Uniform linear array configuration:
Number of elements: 12
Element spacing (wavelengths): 0.25
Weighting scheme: hann
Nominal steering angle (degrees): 15
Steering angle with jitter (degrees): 15.46
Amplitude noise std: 0.05
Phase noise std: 0.05

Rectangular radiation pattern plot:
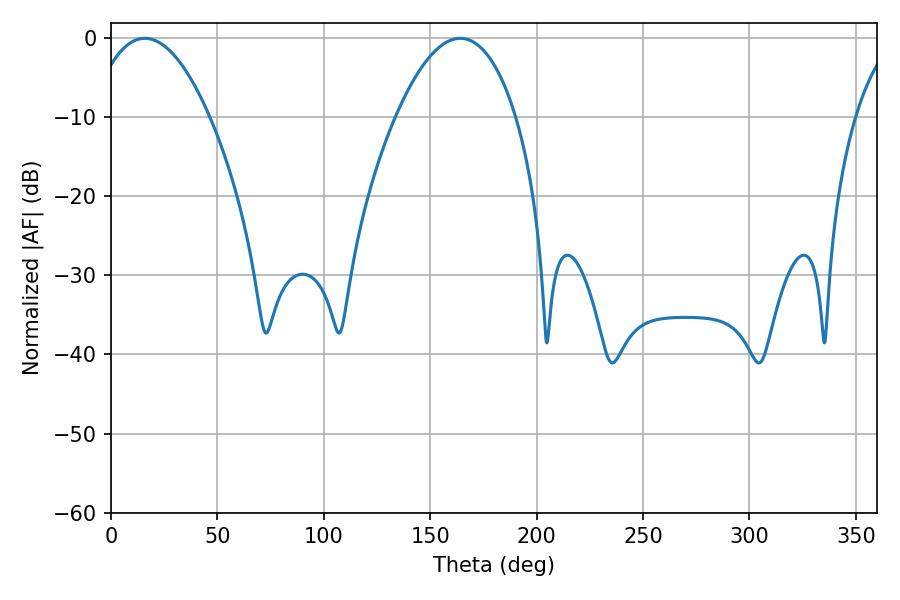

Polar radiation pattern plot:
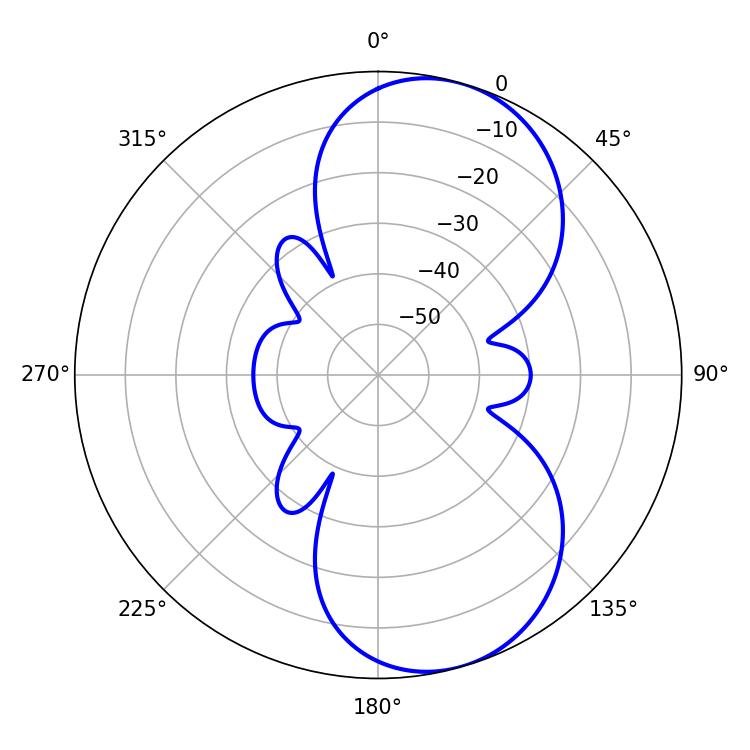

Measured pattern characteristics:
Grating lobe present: FALSE
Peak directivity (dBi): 7.745
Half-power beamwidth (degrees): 31.32
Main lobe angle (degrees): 15.84